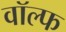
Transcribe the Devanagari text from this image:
वॉल्फ